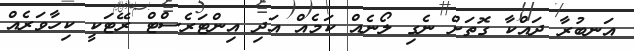
އަނބުރާ ދައްކާ ގޮތަށް ނެގި ލޯނެއް ކަމެއް އަދި އިންޓަރެސްޓް ރޭޓަކީ ކިހާވަރެއް